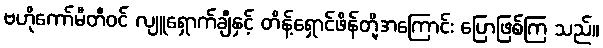
ဗဟိုကော်မီတီဝင် လျူရှောက်ချီနှင့် တိန့်ရှောင်ဖိန်တို့အကြောင်း ပြောဖြစ်ကြ သည်။